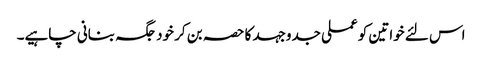
اس لئے خواتین کو عملی جدوجہد کا حصہ بن کر خود جگہ بنانی چاہیے۔